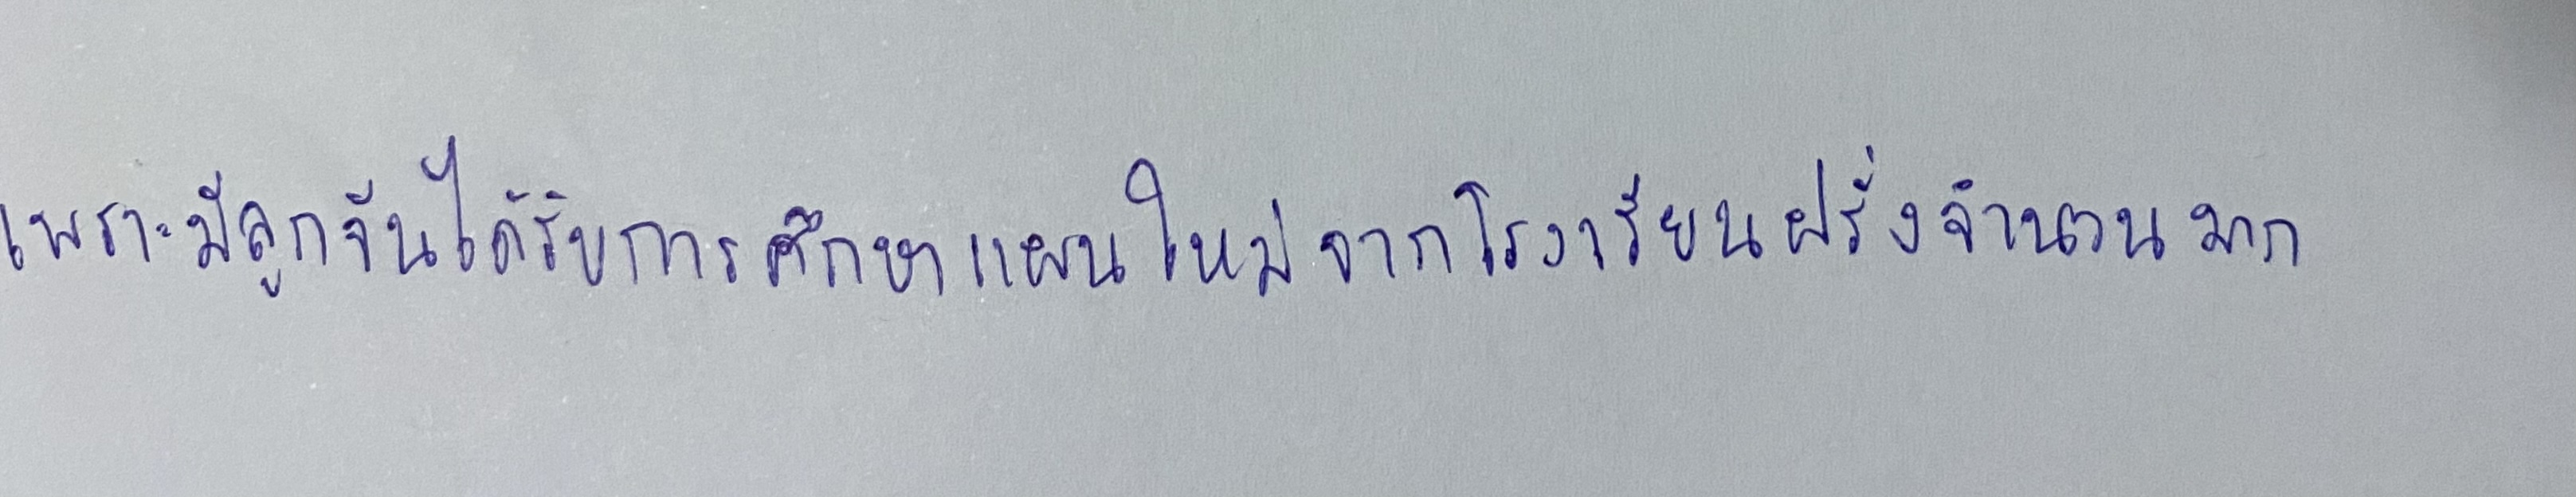
เพราะมีลูกจีนได้รับการศึกษาแผนใหม่จากโรงเรียนฝรั่งจำนวนมาก